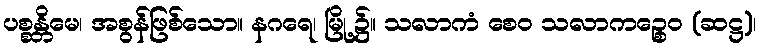
ပစ္စန္တိမေ၊ အစွန်ဖြစ်သော။ နဂရေ၊ မြို့၌။ သလာကံ စေဝ သလာကဉ္စေဝ (ဆဋ္ဌ)၊